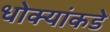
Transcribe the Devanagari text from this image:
धोक्यांकडे